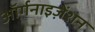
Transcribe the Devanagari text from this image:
ऑर्गनाइज़ेंशन